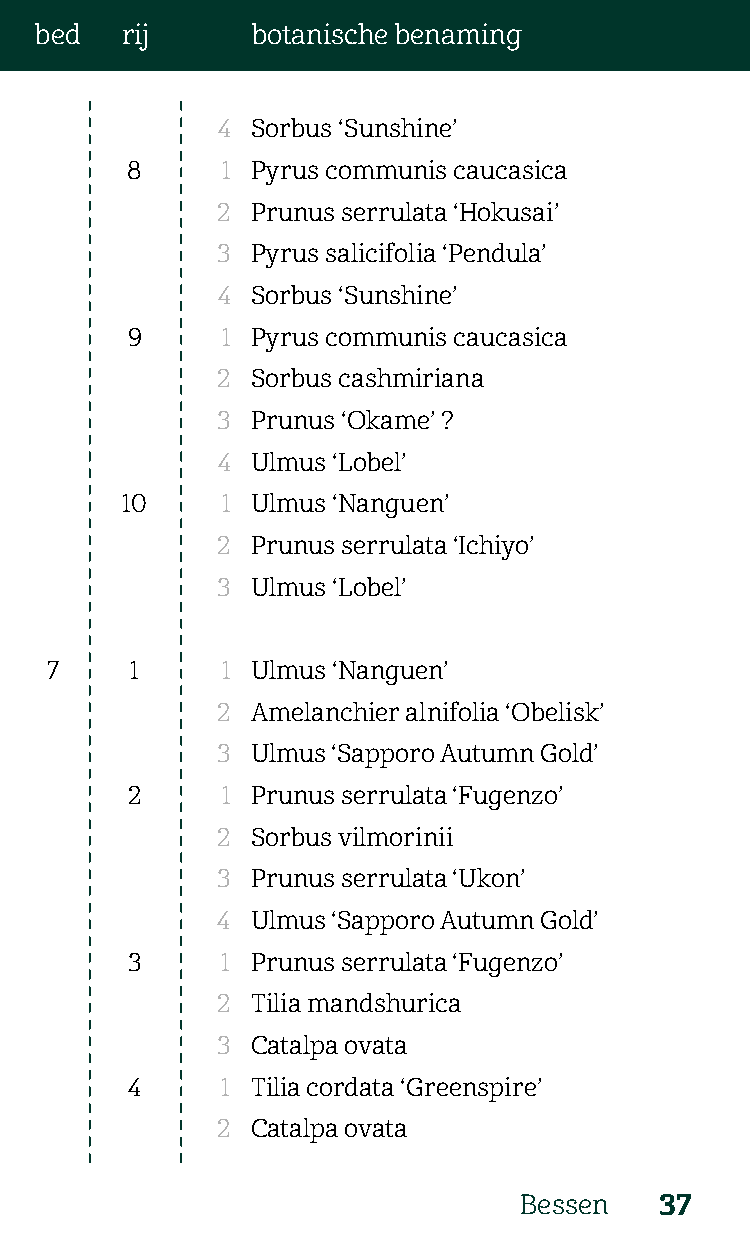
bed   rij      botanische benaming
 4  Sorbus ‘Sunshine’
 8      1 Pyrus communis caucasica
 2  Prunus serrulata ‘Hokusai’
 3  Pyrus salicifolia ‘Pendula’
 4  Sorbus ‘Sunshine’
 9      1 Pyrus communis caucasica
 2  Sorbus cashmiriana
 3  Prunus ‘Okame’ ?
 4  Ulmus ‘Lobel’
 10     1 Ulmus ‘Nanguen’
 2  Prunus serrulata ‘Ichiyo’
 3  Ulmus ‘Lobel’
 7     1     1 Ulmus ‘Nanguen’
 2  Amelanchier alnifolia ‘Obelisk’
 3  Ulmus ‘Sapporo Autumn Gold’
 2      1 Prunus serrulata ‘Fugenzo’
 2  Sorbus vilmorinii
 3  Prunus serrulata ‘Ukon’
 4  Ulmus ‘Sapporo Autumn Gold’
 3      1 Prunus serrulata ‘Fugenzo’
 2  Tilia mandshurica
 3  Catalpa ovata
 4      1 Tilia cordata ‘Greenspire’
 2  Catalpa ovata
 Bessen    37